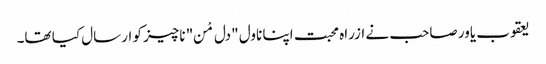
یعقوب یاور صاحب نے ازراہ محبت اپنا ناول "دل مْن" ناچیز کو ارسال کیا تھا۔